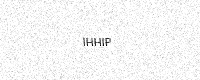
Text: IHHIP